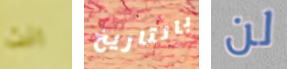
انت بالتاريخ لن